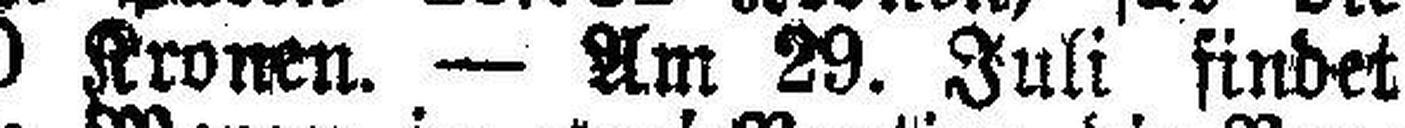
zweite Partie 4700 Kronen. — Am 29. Juli findet